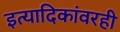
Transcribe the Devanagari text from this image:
इत्यादिकांवरही